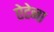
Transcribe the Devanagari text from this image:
ऐटेना